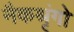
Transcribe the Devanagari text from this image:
नैकश्रृंगो